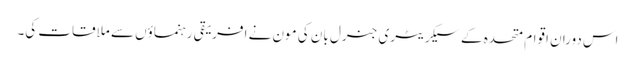
اس دوران اقوام متحدہ کے سیکریٹری جنرل بان کی مون نے افریقی رہنماؤں سے ملاقات کی۔